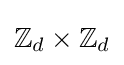
\mathbb {Z} _{d}\times \mathbb {Z} _{d}